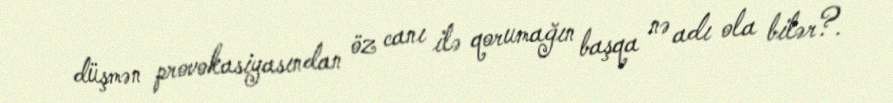
düşmən provokasiyasından öz canı ilə qorumağın başqa nə adı ola bilər?.